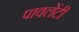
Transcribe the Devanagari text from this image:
पावलेंटी